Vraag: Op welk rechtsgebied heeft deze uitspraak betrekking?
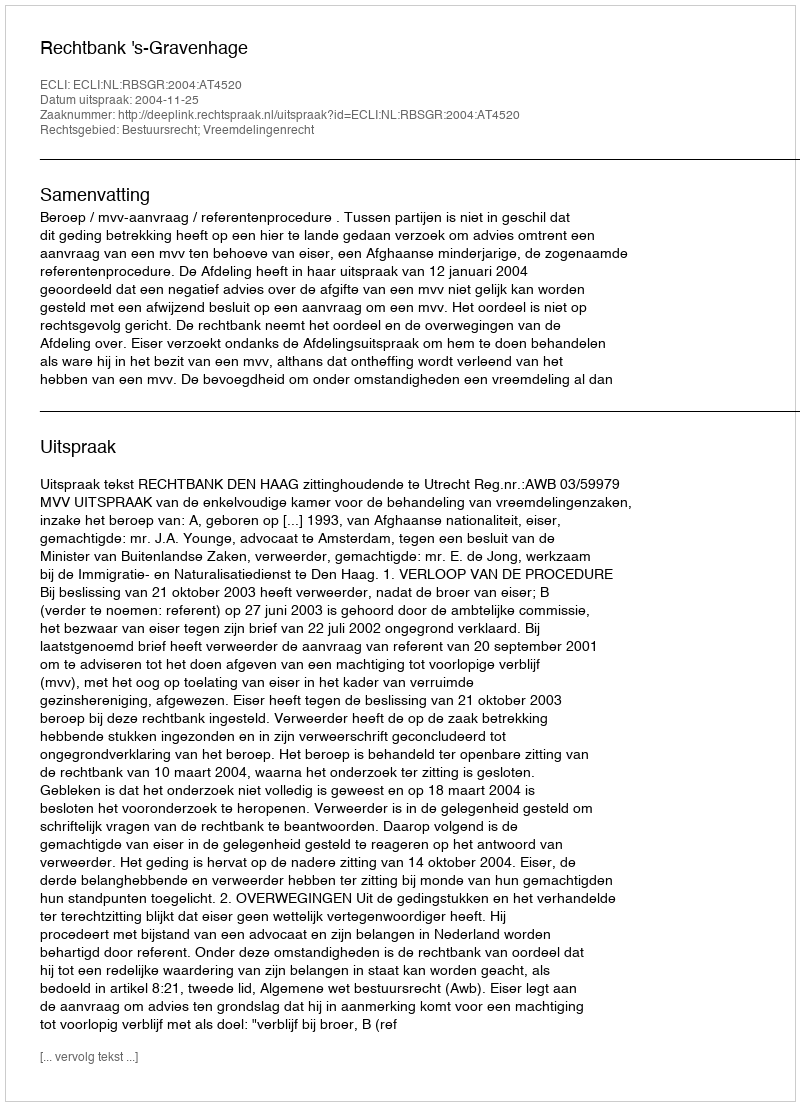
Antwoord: Bestuursrecht; Vreemdelingenrecht